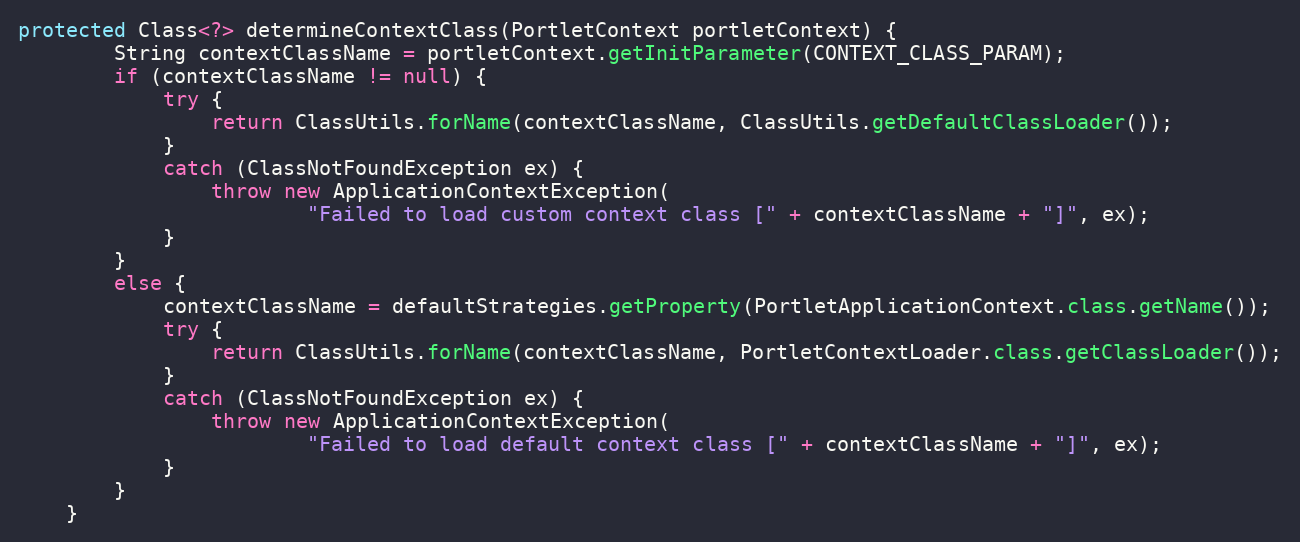
Language: Java
protected Class<?> determineContextClass(PortletContext portletContext) {
        String contextClassName = portletContext.getInitParameter(CONTEXT_CLASS_PARAM);
        if (contextClassName != null) {
            try {
                return ClassUtils.forName(contextClassName, ClassUtils.getDefaultClassLoader());
            }
            catch (ClassNotFoundException ex) {
                throw new ApplicationContextException(
                        "Failed to load custom context class [" + contextClassName + "]", ex);
            }
        }
        else {
            contextClassName = defaultStrategies.getProperty(PortletApplicationContext.class.getName());
            try {
                return ClassUtils.forName(contextClassName, PortletContextLoader.class.getClassLoader());
            }
            catch (ClassNotFoundException ex) {
                throw new ApplicationContextException(
                        "Failed to load default context class [" + contextClassName + "]", ex);
            }
        }
    }